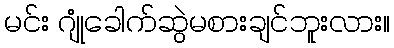
မင်း ဂျုံခေါက်ဆွဲမစားချင်ဘူးလား။